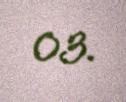
03.